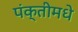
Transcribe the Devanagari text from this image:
पंक्तीमधे